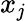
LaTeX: x_{\mathit{j}}